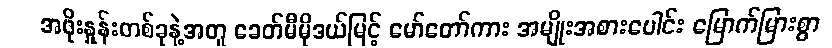
အဖိုးနှုန်းတစ်ခုနဲ့အတူ ခေတ်မီမိုဒယ်မြင့် မော်တော်ကား အမျိုးအစားပေါင်း မြောက်မြားစွာ